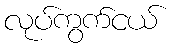
လုပ်ကွက်ငယ်